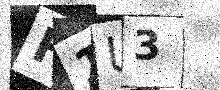
Text: H1U3